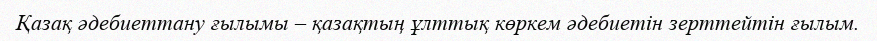
Қазақ әдебиеттану ғылымы – қазақтың ұлттық көркем әдебиетін зерттейтін ғылым.